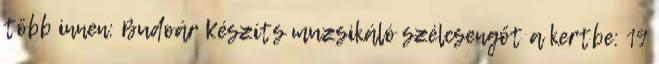
több innen: Budoár Készíts muzsikáló szélcsengőt a kertbe: 19